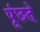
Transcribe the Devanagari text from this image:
पूंछते